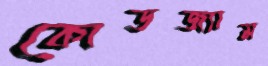
কোডজ্যাম